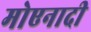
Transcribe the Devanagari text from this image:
मोएनादी